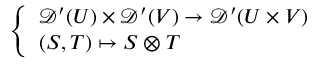
\left\{ \begin{array} { l l } { { \mathcal { D } } ^ { \prime } ( U ) \times { \mathcal { D } } ^ { \prime } ( V ) \to { \mathcal { D } } ^ { \prime } ( U \times V ) } \\ { ( S , T ) \mapsto S \otimes T } \end{array} \right.